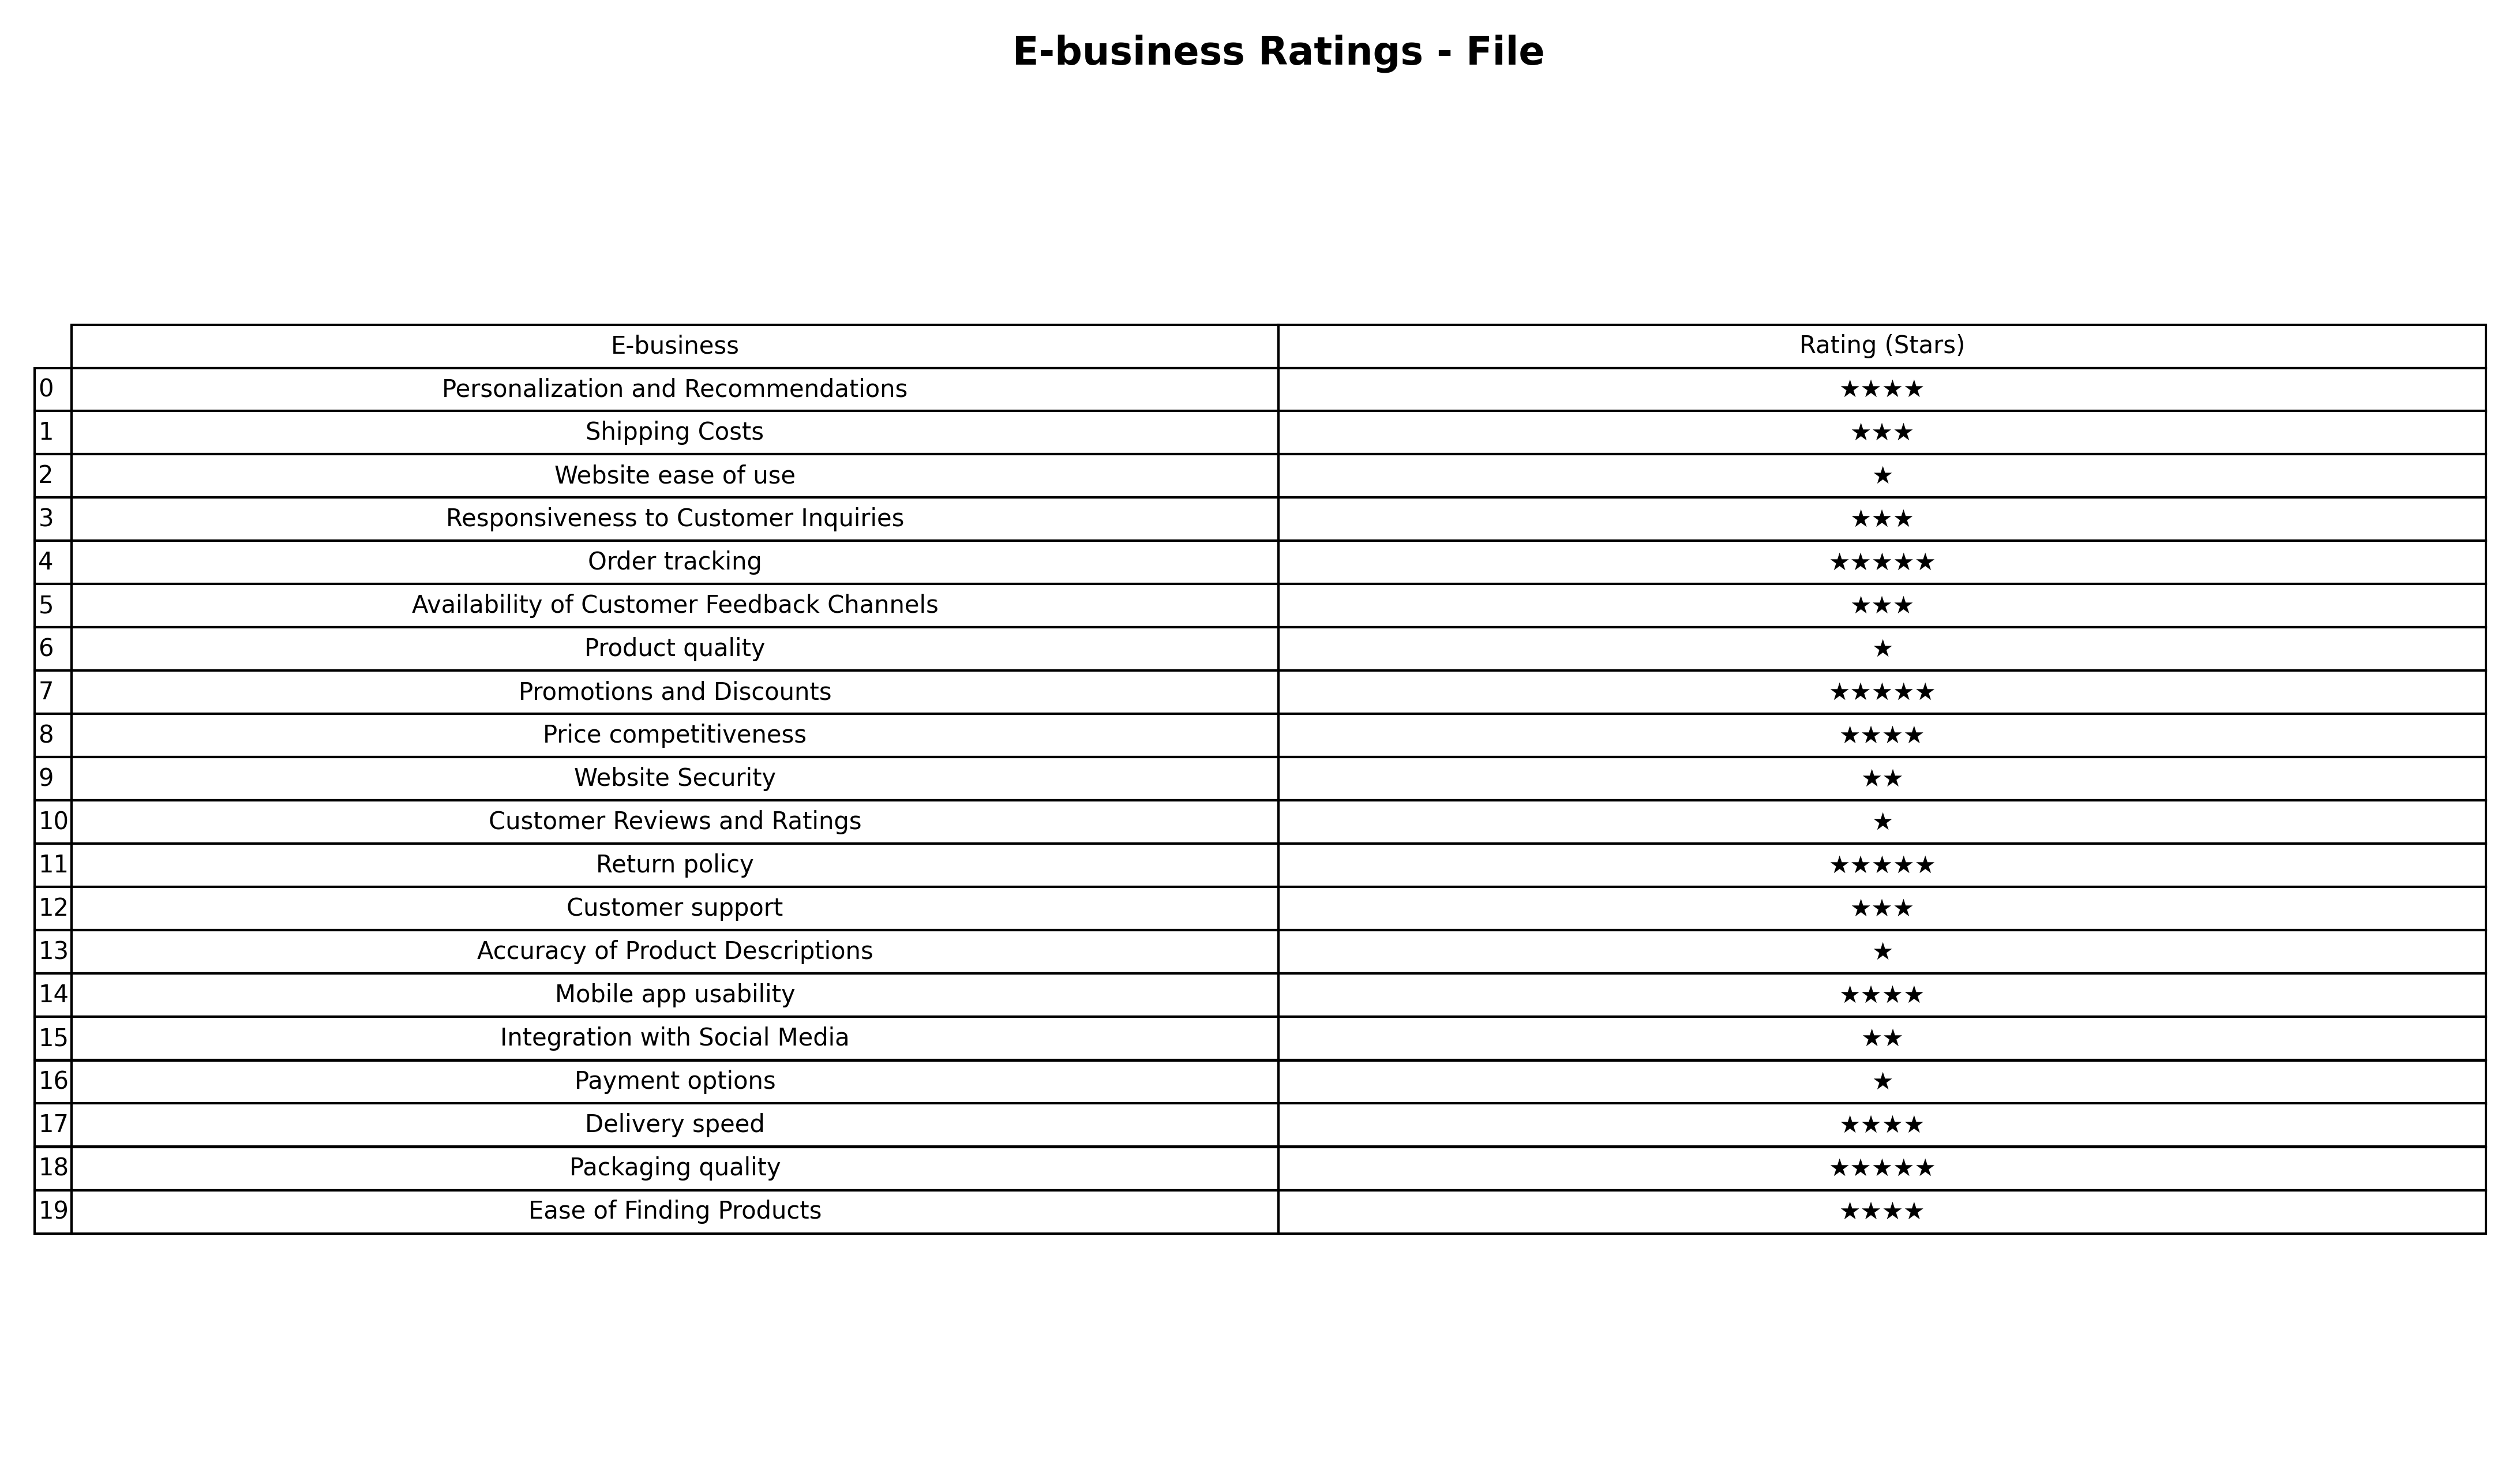
question: What is the rating of Personalization and Recommendations?
answer: ★★★★